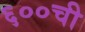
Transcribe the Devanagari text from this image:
६००ची